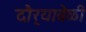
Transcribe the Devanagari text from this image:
दौर्‍यावेळी